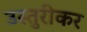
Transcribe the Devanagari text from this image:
उस्तुरीकर